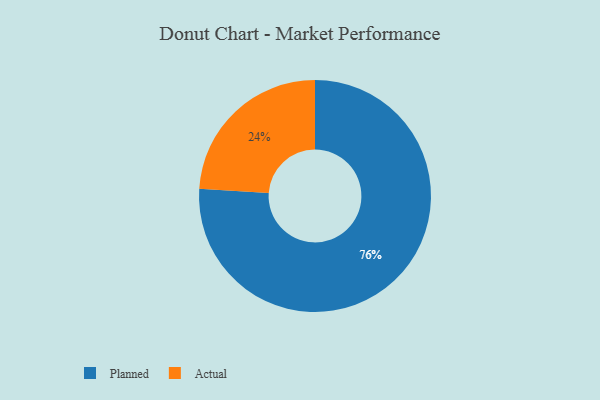
{"axis": {"x": "Category", "y": "Percentage"}, "legend": ["Actual", "Planned"], "data": [{"x": "Actual", "y": 24, "type": "Actual"}, {"x": "Planned", "y": 76, "type": "Planned"}]}